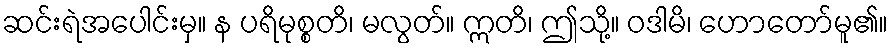
ဆင်းရဲအပေါင်းမှ။ န ပရိမုစ္စတိ၊ မလွတ်။ ဣတိ၊ ဤသို့။ ဝဒါမိ၊ ဟောတော်မူ၏။